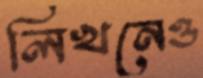
লিখনেও